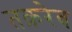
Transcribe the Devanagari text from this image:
तक़रेब